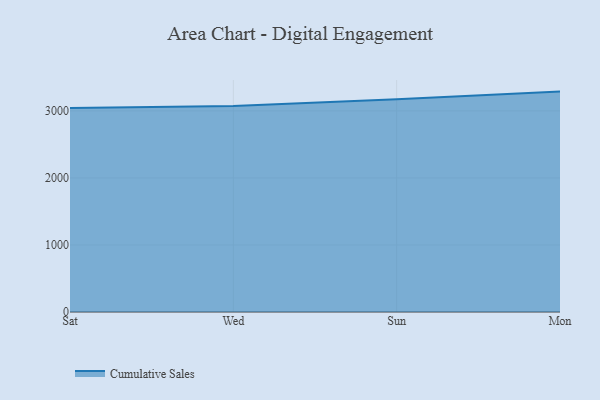
{"axis": {"x": "Day", "y": "Waste Production (Tons)"}, "legend": ["Cumulative Sales"], "data": [{"x": "Sat", "y": 3042.2, "type": "Cumulative Sales"}, {"x": "Wed", "y": 3075.0, "type": "Cumulative Sales"}, {"x": "Sun", "y": 3174.9, "type": "Cumulative Sales"}, {"x": "Mon", "y": 3288.1, "type": "Cumulative Sales"}]}